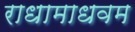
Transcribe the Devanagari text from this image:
राधामाधवम